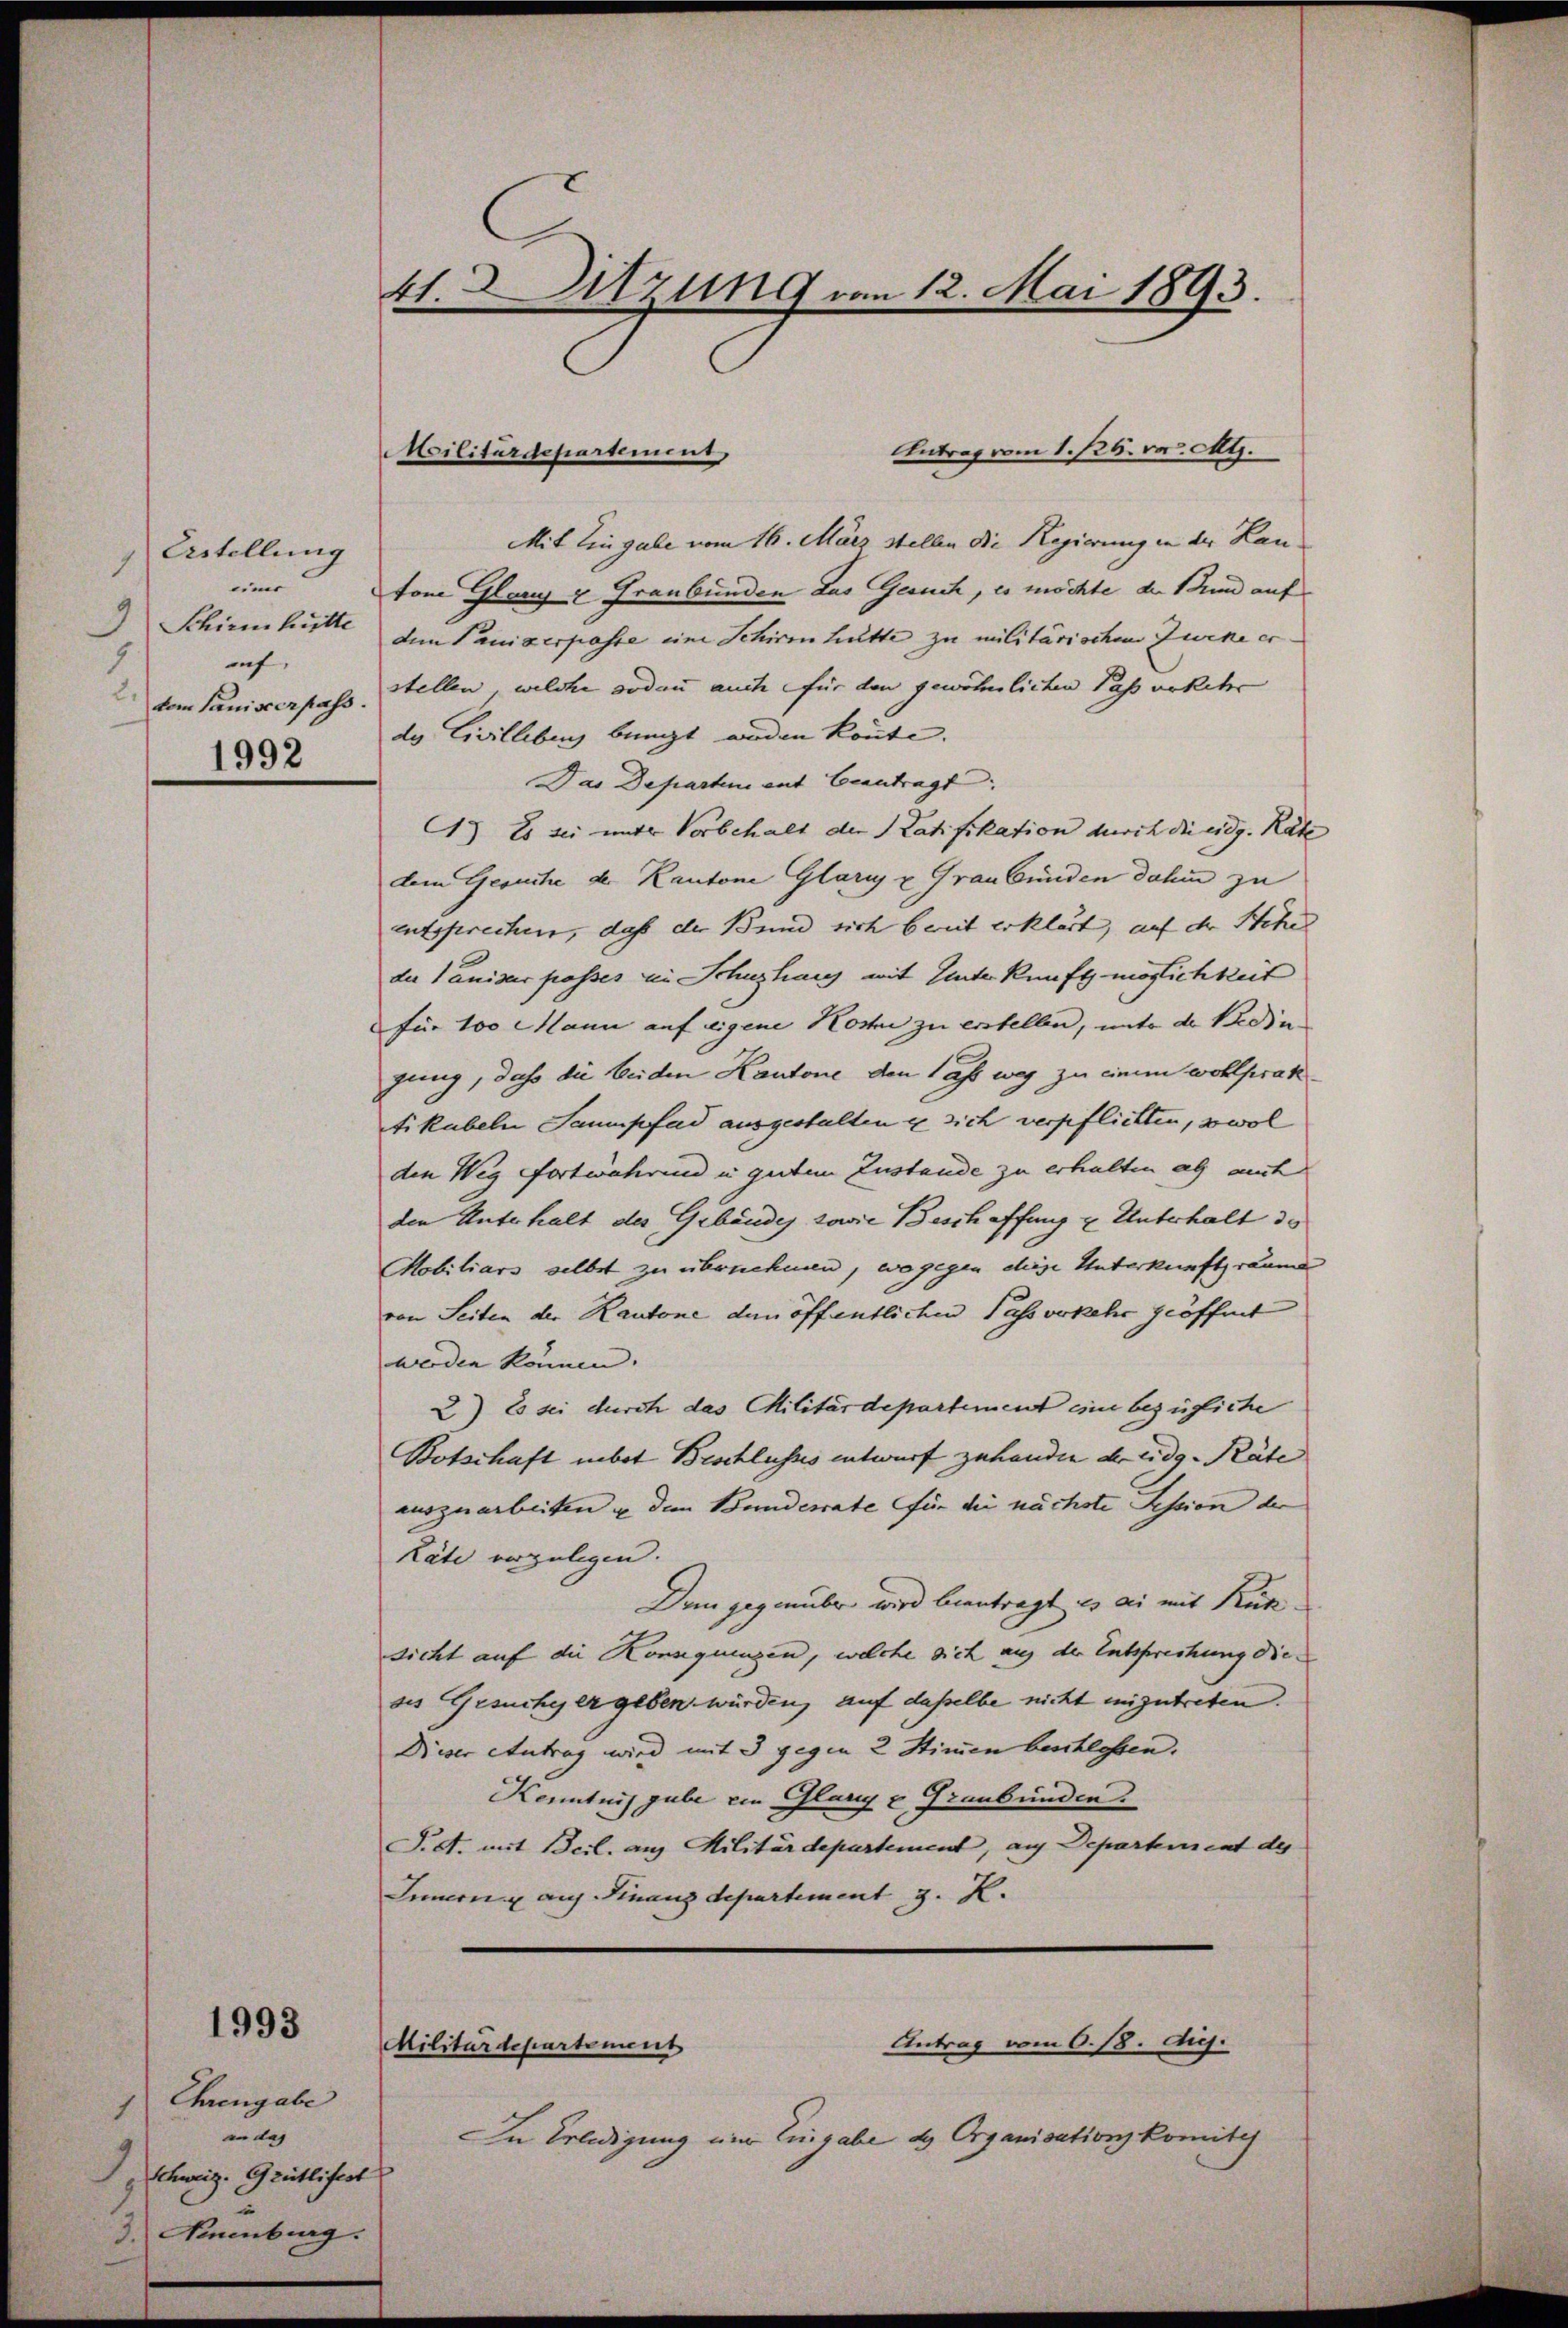
Astellung
1
einer
Schirmhütte
af,
1
vom Saniscerpass.
1992

1993

Ehrengabe
1
an das
 Schweiz. Grütlifert
3. Neuenburg.

41. Sitzung von 12. Mai 1893.

Militärdepartement

Antrag vom 1. 126. v. Mts.
Mit Eingabe vom 16. März stellen die Regierung in der Lanton Glanz u. Graubünden das Gesuch, es möchte der Bund auf
dem Panizerpasse eine Schirmhütte zu militärischen Zurke erstellen, welche sodann auch für den gewöhnlichen Pass erkehr
dy Civilleben bringt worden könnte.
Das Departen ent beantragt
G) Es sei mit Vorbehalt der Latifikation durch die eidg. Räte
dem Gesuche der Kantone Glarus u. Graubünden dahin zu
entsprechen, daß der Bund sich bereit erklärt, auf der Stehe
der Vanider passes in Schulhaus mit Hinterkunft möglichkeit
für 100 Mann auf eigene Koste zu erstellen, unter der Bedin
gung, daß die beiden Kantone den lass weg zu einem wohl prak
tikabeln Saumpfad ausgestalten es sich verpflichten, sowol
den Weg fortwährend u. gutem Zustande zu erhalten als auch
den Unterhalt des Gebäudes sowie Beschaffung u Unterhalt de
Mobiliars selbst zu übernehmen, wogegen diese Unterkunftsraum
von Seiten der Kantone den öffentlichen Passverkehr geöffnet
werden können.
2) Es sei durch das Militärdepartement eine bezügliche
Botschaft nebet Beschlusses entwurf zuhander der eidg. Räte
auszuarbeiten u dem Bundesrate für die nächste Session der
Läte vorzulegen.
Den gegenüber wird beantragt es an mit Rück
sicht auf die Konsequenzen, welche sich auf der Entsprechung die
ses Gesuchy er geben würden, auf dasselbe nicht einzutreten.
Dieser Antrag wird mit 3 gegen 2 Stimmen beschlossen.
Kenntnis gabe ein Glanz u. Graubünden.
S.S. mit Beil. aus Militärdepartement, auf Departement des
Innern auf Finanzdepartement z. K.
Antrag vom 6. 18. Aug.
Militärdepartement
In Erledigung um Eingabe d. Organisationskomite